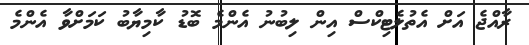
ރާއްޖެ އަށް އެތުލެޓިކްސް އިން ލިބުނު އެންމެ ބޮޑު ކާމިޔާބު ކަމަށްވާ އެންމެ